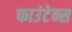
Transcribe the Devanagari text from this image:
फाउंटेन्स